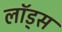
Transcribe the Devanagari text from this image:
लॉड्स